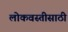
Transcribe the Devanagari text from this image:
लोकवस्तीसाठी